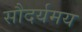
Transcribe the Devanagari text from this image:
सौदर्यमय